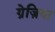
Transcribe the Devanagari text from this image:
ग्रेज़िया